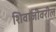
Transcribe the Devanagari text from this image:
शिवाजीवरील